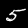
Label: 5